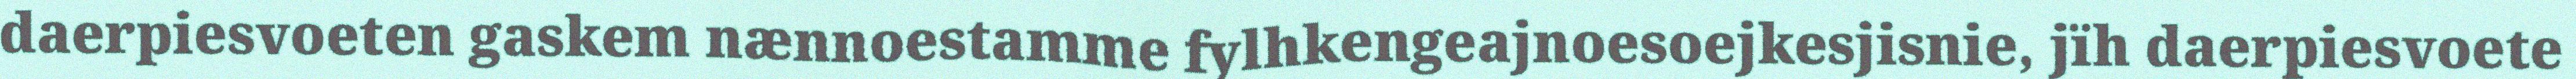
daerpiesvoeten gaskem nænnoestamme fylhkengeajnoesoejkesjisnie, jïh daerpiesvoete